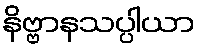
နိဗ္ဗာနသပ္ပါယာ